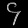
Digit: ၄